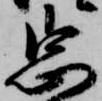
忠